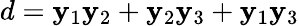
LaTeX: d=\mathbf{y}_{1}\mathbf{y}_{2}+\mathbf{y}_{2}\mathbf{y}_{3}+\mathbf{y}_{1}\mathbf{y}_{3}